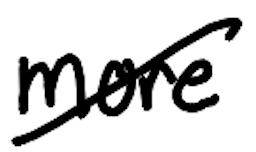
Text: more
Cross-out: diagonal
Writing tool: digital_black